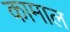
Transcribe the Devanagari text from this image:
कामाल